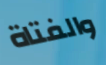
والفتاة